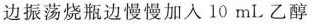
边振荡烧瓶边慢慢加入10 mL乙醇